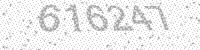
Solution: 616247